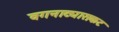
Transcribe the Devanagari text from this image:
वगनाट्यासकट